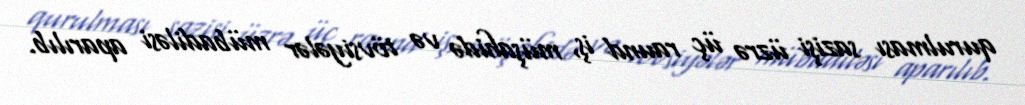
qurulması sazişi üzrə üç raund iş, müşahidə və tövsiyələr mübadiləsi aparılıb.